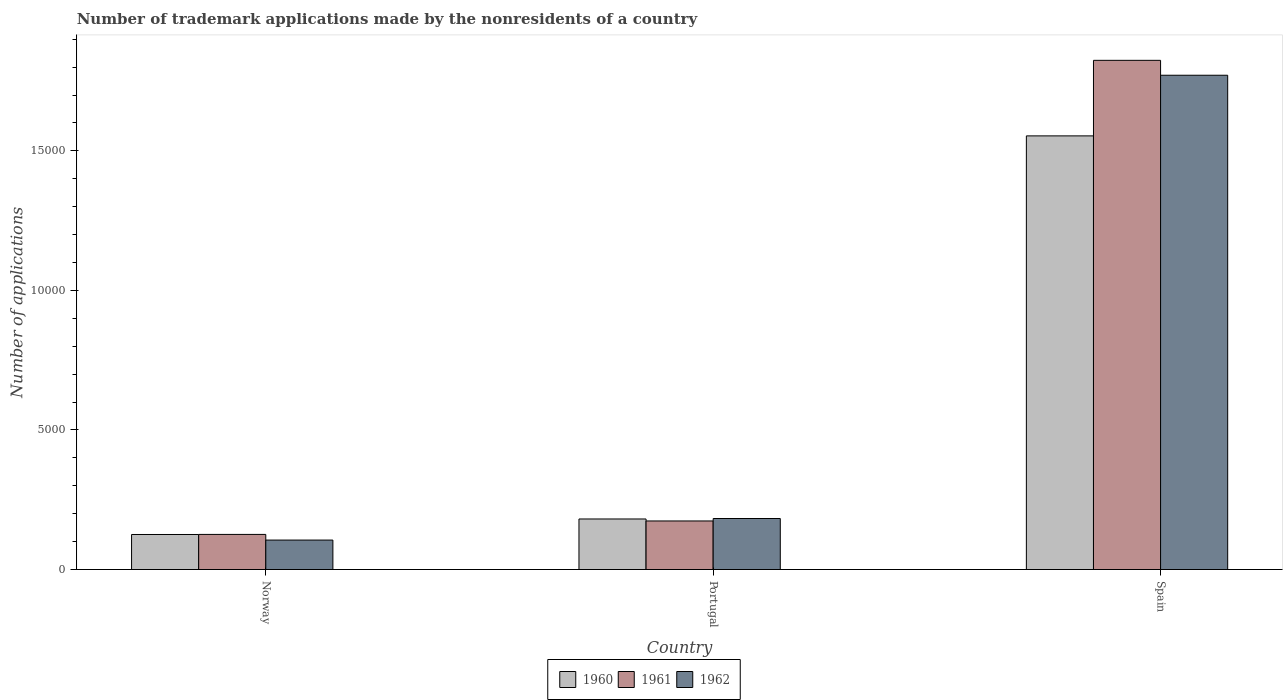
| Country | 1960 | 1961 | 1962 |
 | --- | --- | --- | --- |
 | Norway | 1.26e+03 | 1.26e+03 | 1.06e+03 |
 | Portugal | 1.81e+03 | 1.74e+03 | 1.83e+03 |
 | Spain | 1.55e+04 | 1.82e+04 | 1.77e+04 |